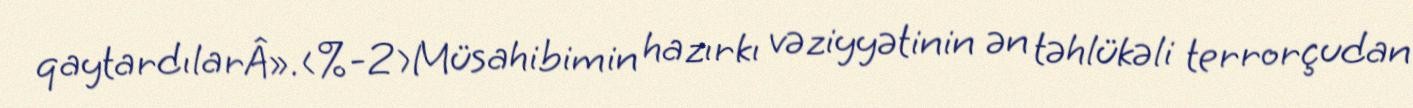
qaytardılarÂ».<%-2>Müsahibimin hazırkı vəziyyətinin ən təhlükəli terrorçudan